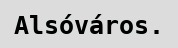
Alsóváros.